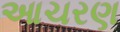
આચરણ